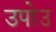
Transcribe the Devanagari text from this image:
उपोउ